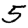
Digit: 5